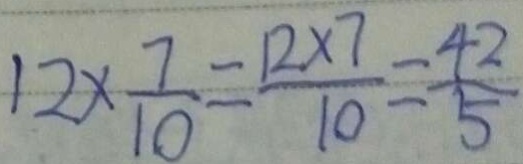
1 2 \times \frac { 7 } { 1 0 } = \frac { 1 2 \times 7 } { 1 0 } = \frac { 4 2 } { 5 }